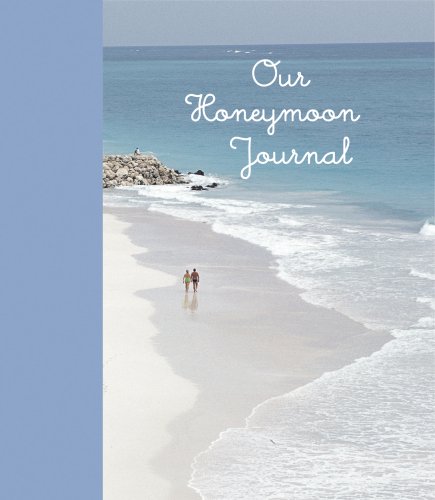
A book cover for Our Honeymoon Journal (Interactive Journals); Crafts, Hobbies & Home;